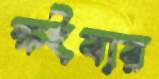
ক্ষইবার